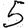
Digit: 5